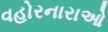
વહોરનારાઓ